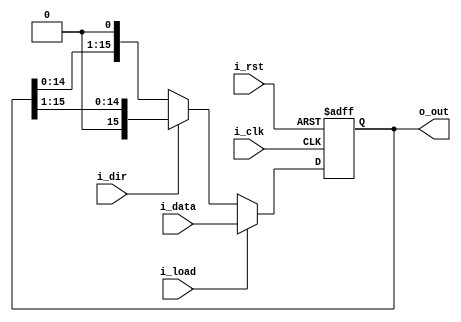
/*
**	16-bit shift register. Parallel loading is available. Two shift direction modes.
*/

module shift_reg(i_clk, i_rst, i_load, i_dir, i_data, o_out);

input i_clk;
input i_rst;
input i_load;
input i_dir;				// shift direction: 0 - LSB to MSB, 1  - MSB to LSB
input [15:0] i_data;
output reg [15:0] o_out;

always @(posedge i_clk, posedge i_rst) begin
	if(i_rst) begin
		o_out <= {16{1'b0}};
	end else if(i_load) begin
		o_out <= i_data;
	end else begin
		if(~i_dir) begin
			o_out <= {o_out[14:0], 1'b0};
		end else begin
			o_out <= {1'b0, o_out[15:1]};
		end
	end
end
endmodule